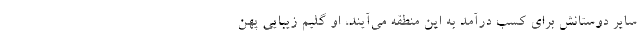
سایر دوستانش برای کسب درآمد به این منطقه می‌آیند، او گلیم زیبایی پهن